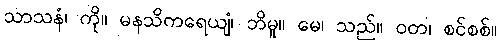
သာသနံ၊ ကို။ မနသိကရေယျံ၊ ဘိမူ။ မေ၊ သည်။ ဝတ၊ စင်စစ်။